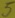
Text: 5